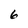
Character: 6